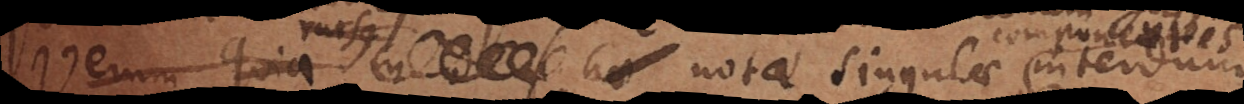
rursus notae singulae interdum